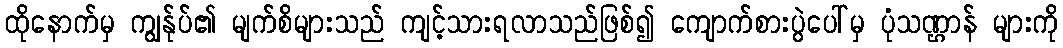
ထိုနောက်မှ ကျွန်ုပ်၏ မျက်စိများသည် ကျင့်သားရလာသည်ဖြစ်၍ ကျောက်စားပွဲပေါ်မှ ပုံသဏ္ဌာန် များကို